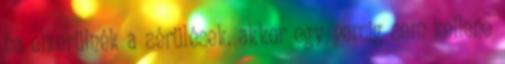
ha elkerülnék a sérülések, akkor egy percig sem kellene